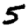
Digit: 5